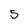
Character: 5